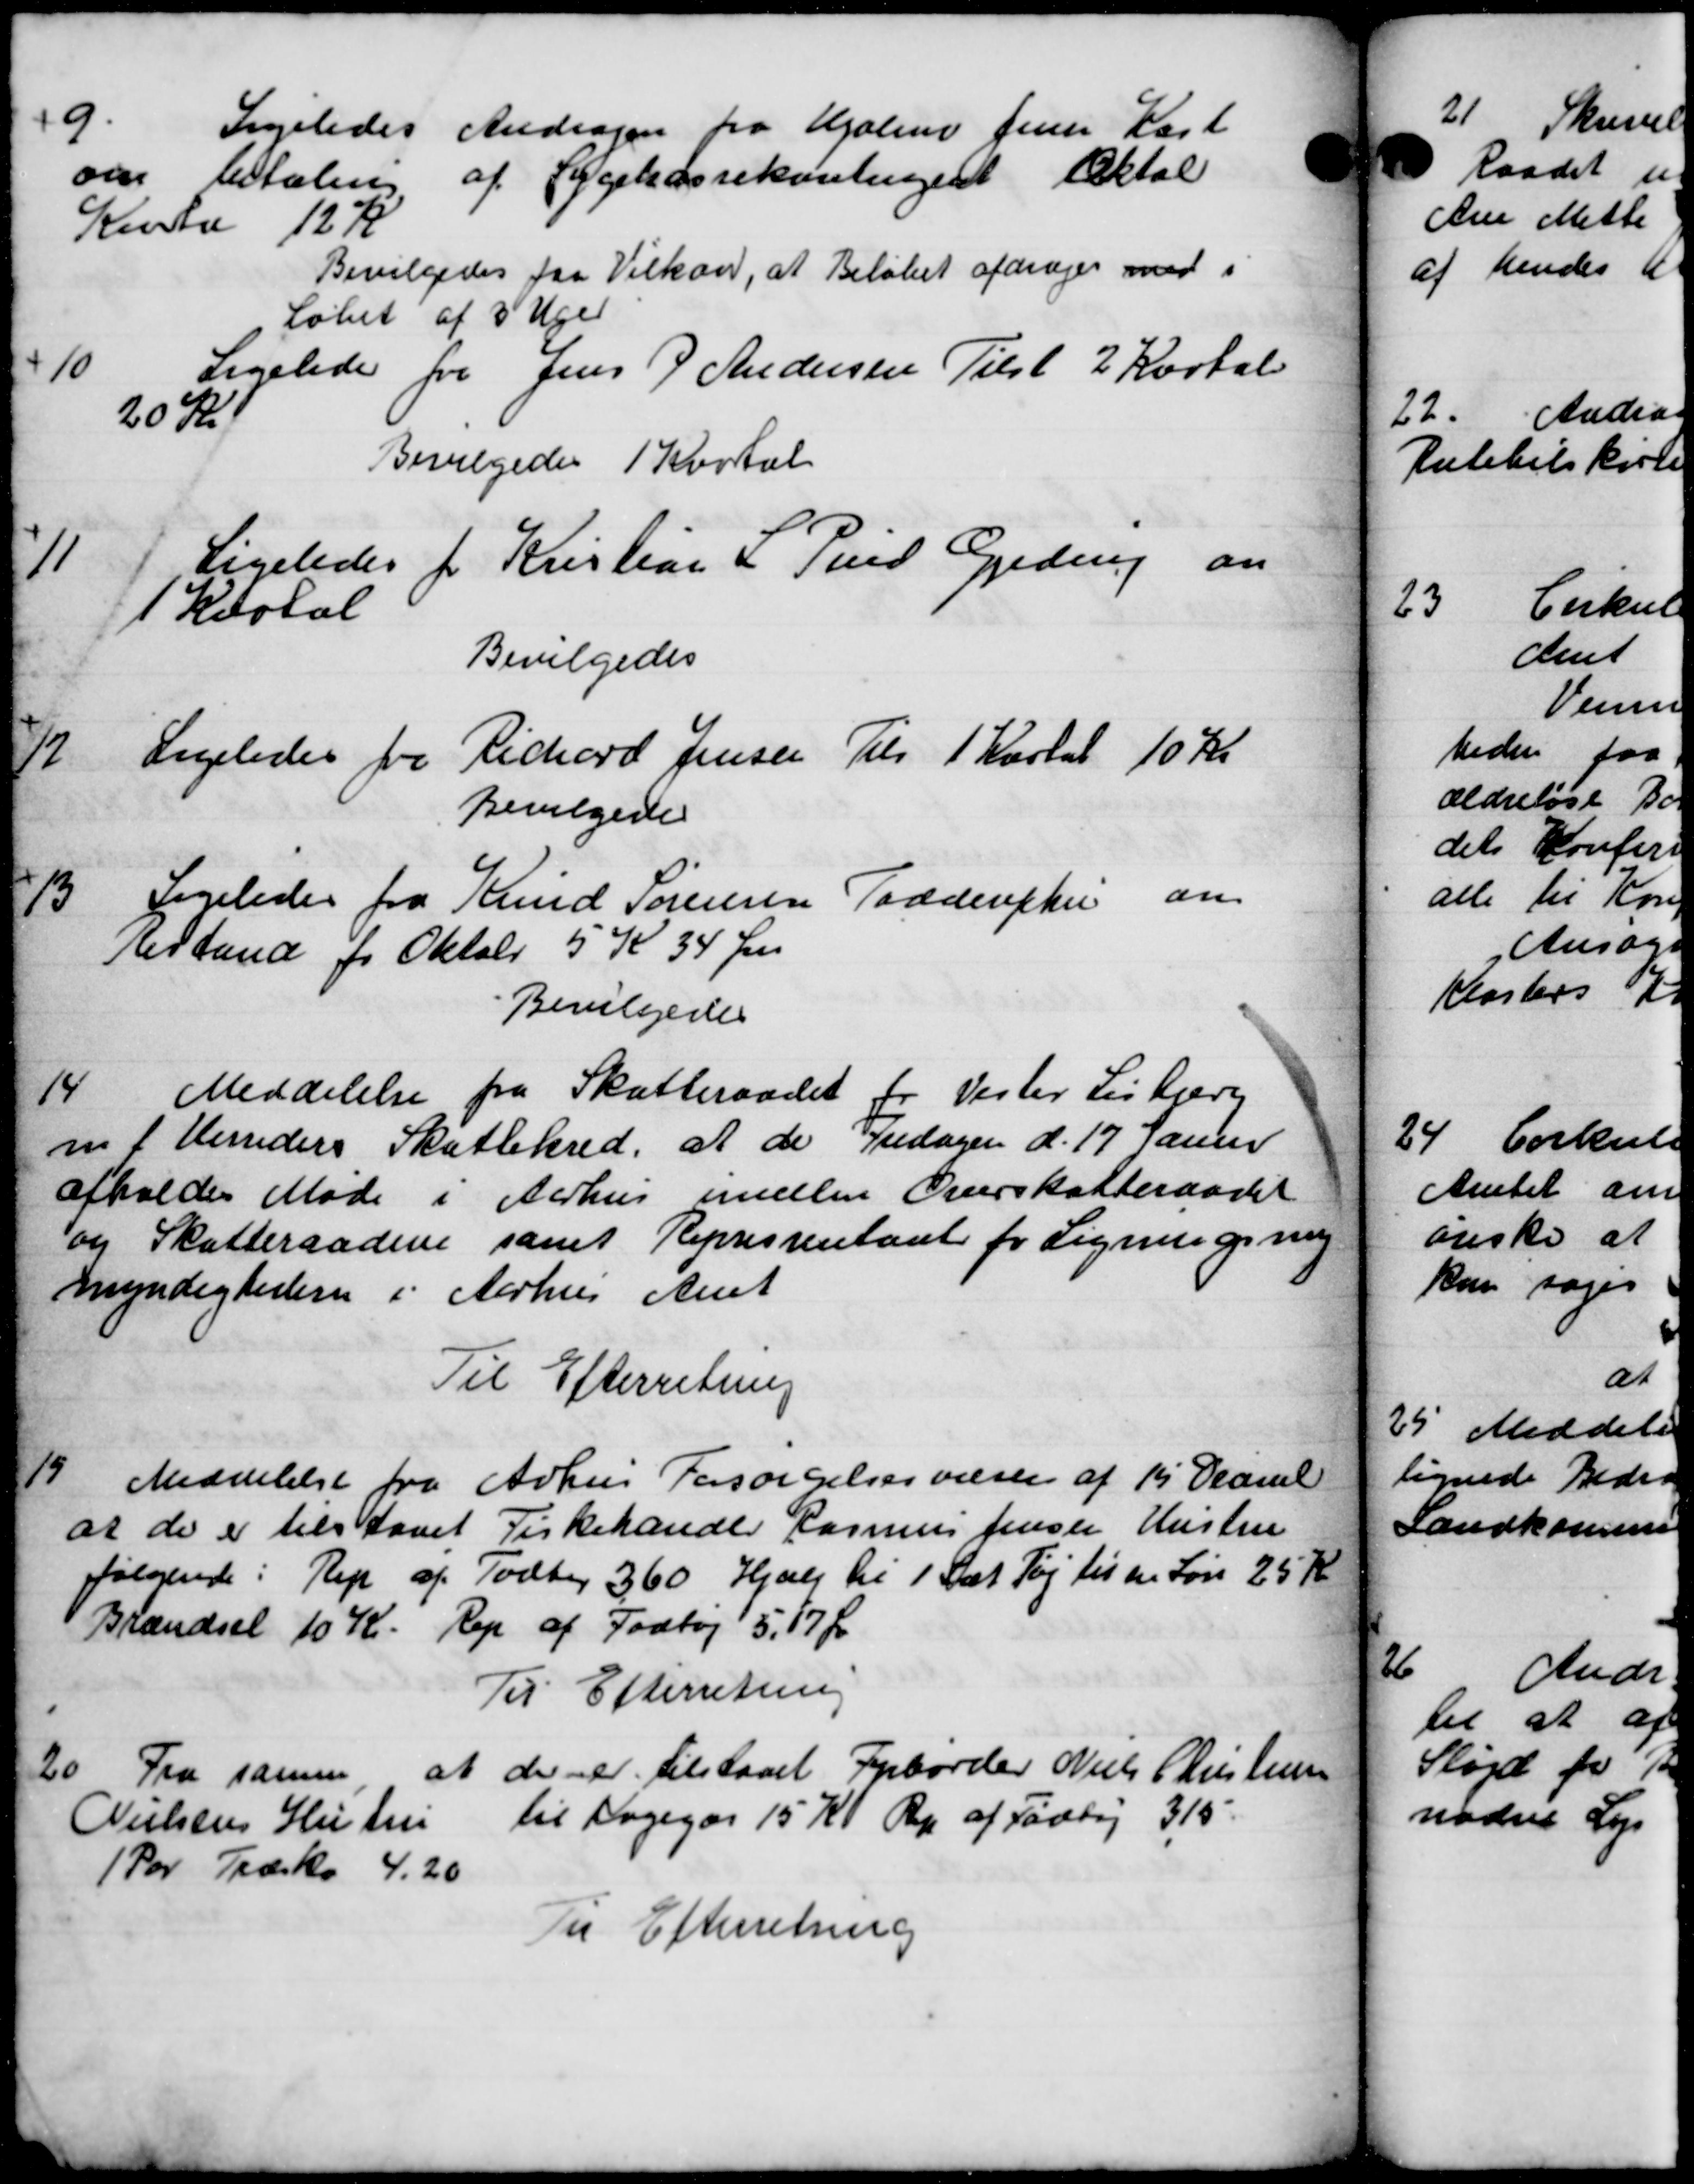
Transskription:
9.
Ligeledes Andragen fra Holm fru Kart
om betaling af Sygekassekontingen Oktob
Konto 12 K
Bevilgedes fra Vilkar, at Beløbet afdrages med i
løbet af 3 Uger
10
Ligelede for Jens P Andersen Tilst 2 Kartal
20 Kr
Bevilgedes 1 Kvatal
11
Ligeledes for Kristian & Sond Gedrup an
1 Kvotal
Bevilgedes
12.
Ligeledes fra Richard Jensen Tils 1 Kartal 10 Kr
Bevilgede
13
Ligeledes fra Knud Sørensen Todderphus an
bestand for Oktober 5 K 34 Øre
Bevilgedes
14
Meddelelse fra Skatteraadet for Vester Lisbjerg
m i Herreders Skattekred, at de Fredagen d. 17 Januar
afholdes Møde i Aarhus medlem Overskatteraadet
og Skatteraadene samt Repræstentant for Ligningsning
mundigheder i Aarhus Amt
Til Efterretning
15
Meddelelse fra Århus Forsørgelsesvæsen af 15 Decemb
at de er tilstaaet Kirkehandle Rasmus Jensen Hustru
følgende: Rep af Todber 360 Hjælp til 1 Sæt Tøj til en Løn 25 Kr
Brændsel 10 Kr. Rep af Fodtøj 5, 17 Øre
Til Efterretning
20
Fra samme, at der er tilstaaet Fyrborder Niels Christensen
Nielsens Hustru til Dagegør 15 Kr Rp af Fodtøj 315.
1 Par Træsko 4.20
Til Efterretning